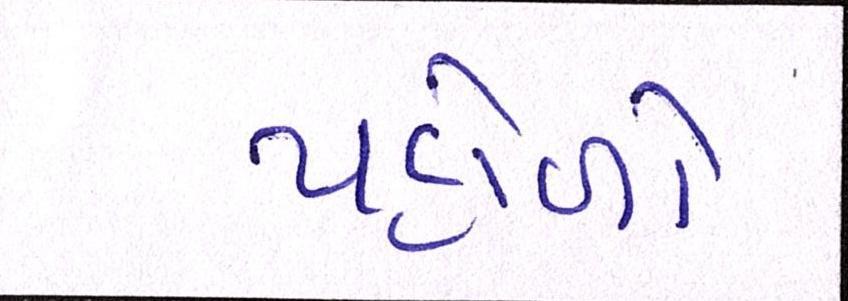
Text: પહોળો